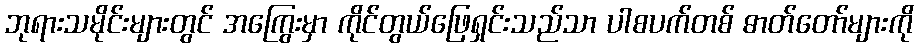
ဘုရားသမိုင်းများတွင် အကြွေးမှာ ကိုင်တွယ်ဖြေရှင်းသည်သာ ပါစပက်တစ် ဓာတ်တော်များကို